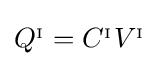
Q^{_{\mathrm {I} }}=C^{_{\mathrm {I} }}V^{_{\mathrm {I} }}